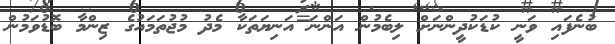
ބުނެފައި ވަނީ ކުޑަކުދީންނަށް ލިބެމުން އަންނަ އަނިޔަތަކާ މެދު މުޖުތަމައުގެ ޒިންމާ ބޮޑުވަމުން